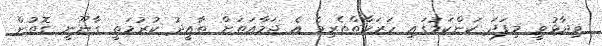
ވިދާޅުވީ މިފަދަ ކަންކަމުގައި ހަރަކާތްތެރިވެ އެ ޖަމާއަތަށް ތާއީދު ކުރުމަތީ ގާނޫނީ ގޮތުން